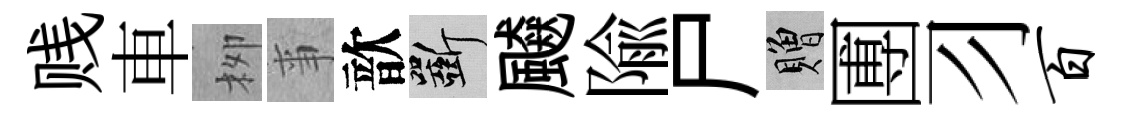
贱車栁亊歆斫飇隃尸贈圑习百